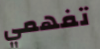
تفهمي